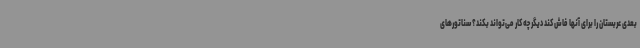
بعدی عربستان را برای آنها فاش کند دیگر چه کار می‌تواند بکند؟ سناتورهای